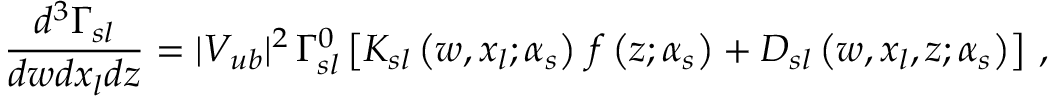
\frac { d ^ { 3 } \Gamma _ { s l } } { d w d x _ { l } d z } = | V _ { u b } | ^ { 2 } \, \Gamma _ { s l } ^ { 0 } \left[ K _ { s l } \left( w , x _ { l } ; \alpha _ { s } \right) \, f \left( z ; \alpha _ { s } \right) + D _ { s l } \left( w , x _ { l } , z ; \alpha _ { s } \right) \right] \, ,